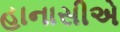
હાનાસીએ